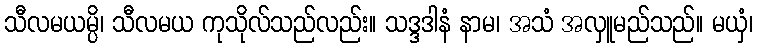
သီလမယမ္ပိ၊ သီလမယ ကုသိုလ်သည်လည်း။ သဒ္ဒဒါနံ နာမ၊ အသံ အလှူမည်သည်။ မယှံ၊